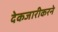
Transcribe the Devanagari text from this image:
देकजारीकरने